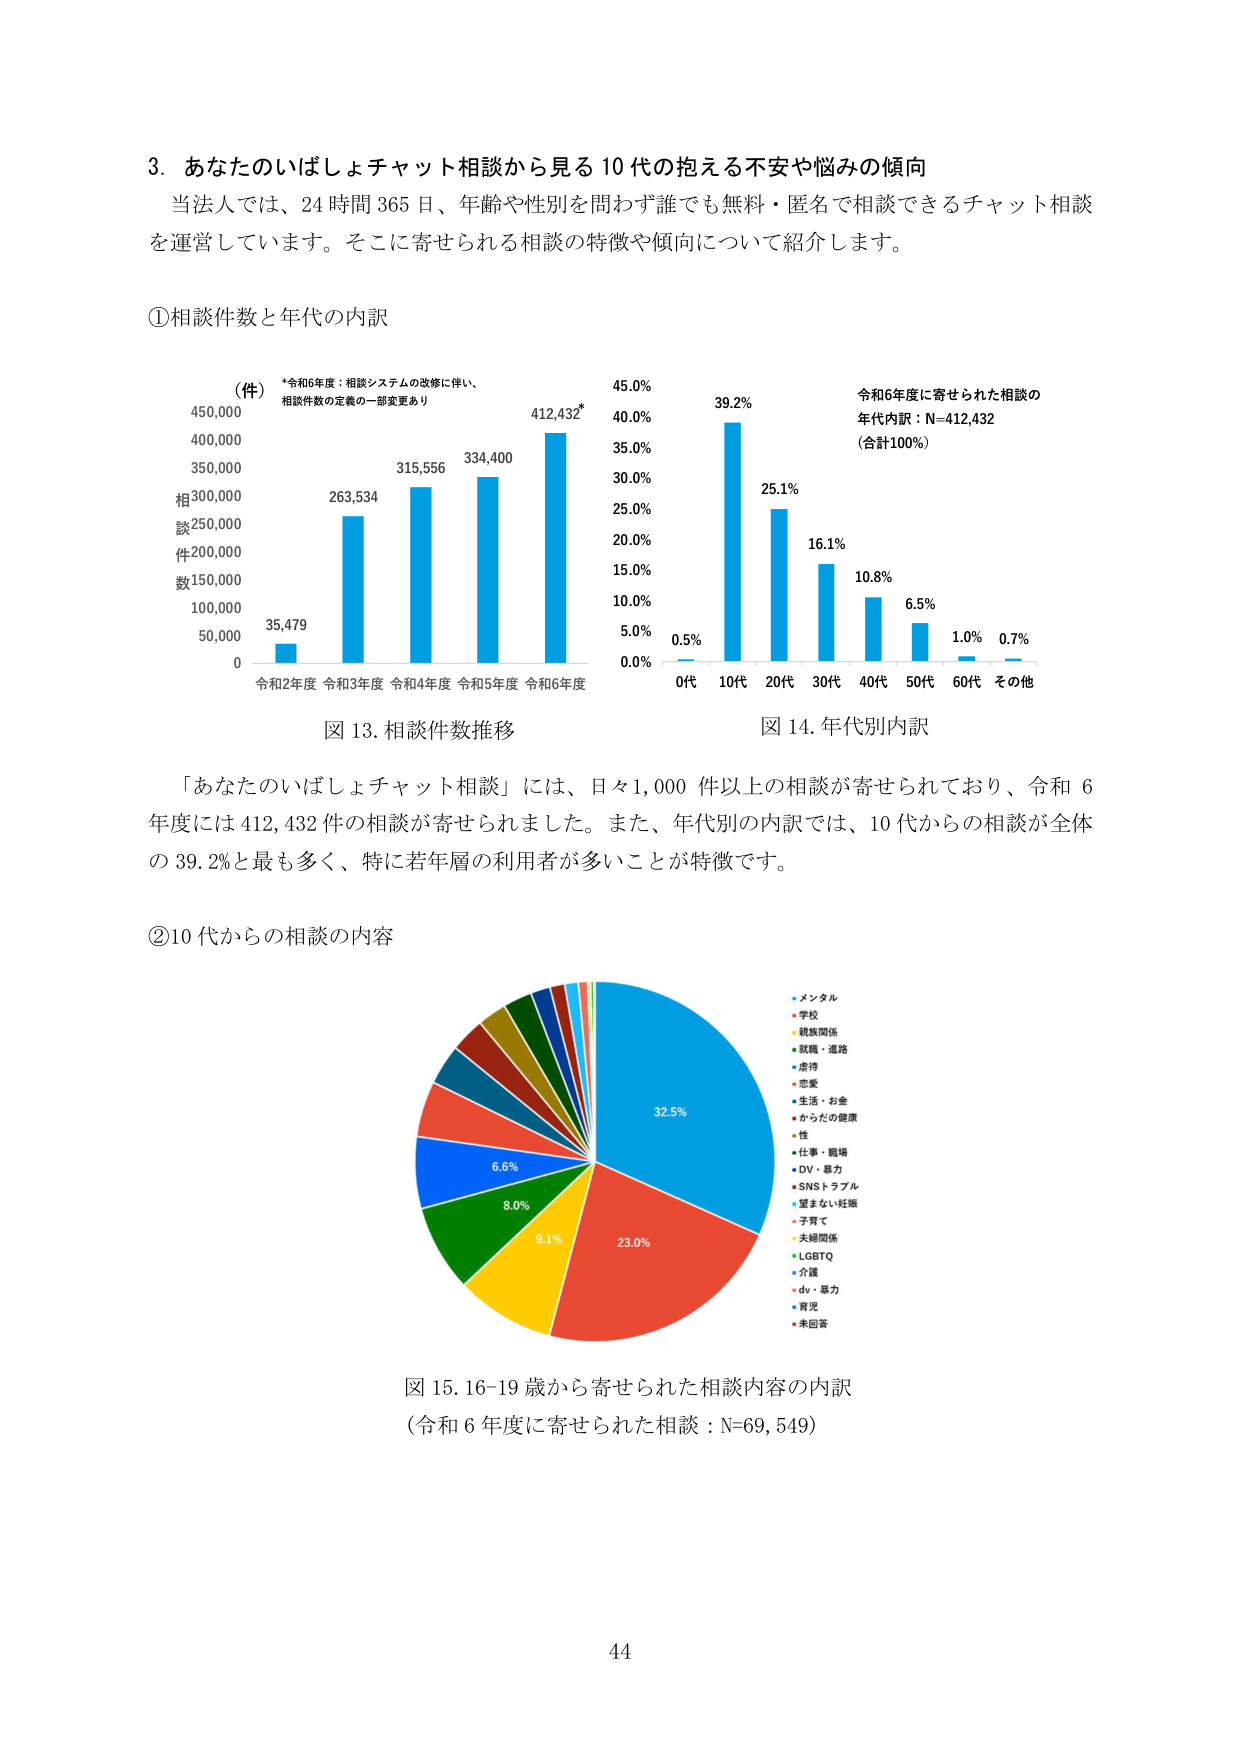
3. あなたのいばしょチャット相談から見る10代の抱える不安や悩みの傾向
当法人では、24時間365日、年齢や性別を問わず誰でも無料・匿名で相談できるチャット相談を運営しています。そこに寄せられる相談の特徴や傾向について紹介します。

①相談件数と年代の内訳

（件）
*令和6年度：相談システムの改修に伴い、
相談件数の定義の一部変更有り

450,000
400,000
350,000
300,000
250,000
200,000
150,000
100,000
50,000
0

相談件数

35,479
263,534
315,556
334,400
412,432*

令和2年度 令和3年度 令和4年度 令和5年度 令和6年度

図13. 相談件数推移

45.0%
40.0%
35.0%
30.0%
25.0%
20.0%
15.0%
10.0%
5.0%
0.0%

令和6年度に寄せられた相談の
年代内訳：N=412,432
（合計100%）

0.5%
39.2%
25.1%
16.1%
10.8%
6.5%
1.0%
0.7%

0代 10代 20代 30代 40代 50代 60代 その他

図14. 年代別内訳

「あなたのいばしょチャット相談」には、日々1,000件以上の相談が寄せられており、令和6年度には412,432件の相談が寄せられました。また、年代別の内訳では、10代からの相談が全体の39.2%と最も多く、特に若年層の利用者が多いことが特徴です。

②10代からの相談の内容

32.5%
23.0%
9.1%
8.0%
6.6%

・メンタル
・学校
・親族関係
・就職・進路
・虐待
・恋愛
・生活・お金
・からだの健康
・性
・仕事・職場
・DV・暴力
・SNSトラブル
・望まない妊娠
・子育て
・夫婦関係
・LGBTQ
・介護
・dv・暴力
・育児
・未回答

図15. 16-19歳から寄せられた相談内容の内訳
（令和6年度に寄せられた相談：N=69,549）

44